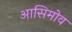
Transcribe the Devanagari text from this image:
आसिमोव